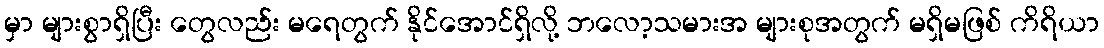
မှာ များစွာရှိပြီး တွေလည်း မရေတွက် နိုင်အောင်ရှိလို့ ဘလော့သမားအ များစုအတွက် မရှိမဖြစ် ကိရိယာ